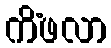
ကိံဖလာ